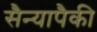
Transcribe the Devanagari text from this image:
सैन्यापैकी